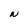
Character: N